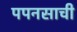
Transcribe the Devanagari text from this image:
पपनसाची